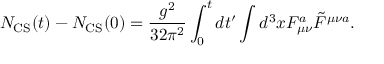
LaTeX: N _ { \mathrm { C S } } ( t ) - N _ { \mathrm { C S } } ( 0 ) = \frac { g ^ { 2 } } { 3 2 \pi ^ { 2 } } \int _ { 0 } ^ { t } d t ^ { \prime } \int d ^ { 3 } x F _ { \mu \nu } ^ { a } \tilde { F } ^ { \mu \nu a } .